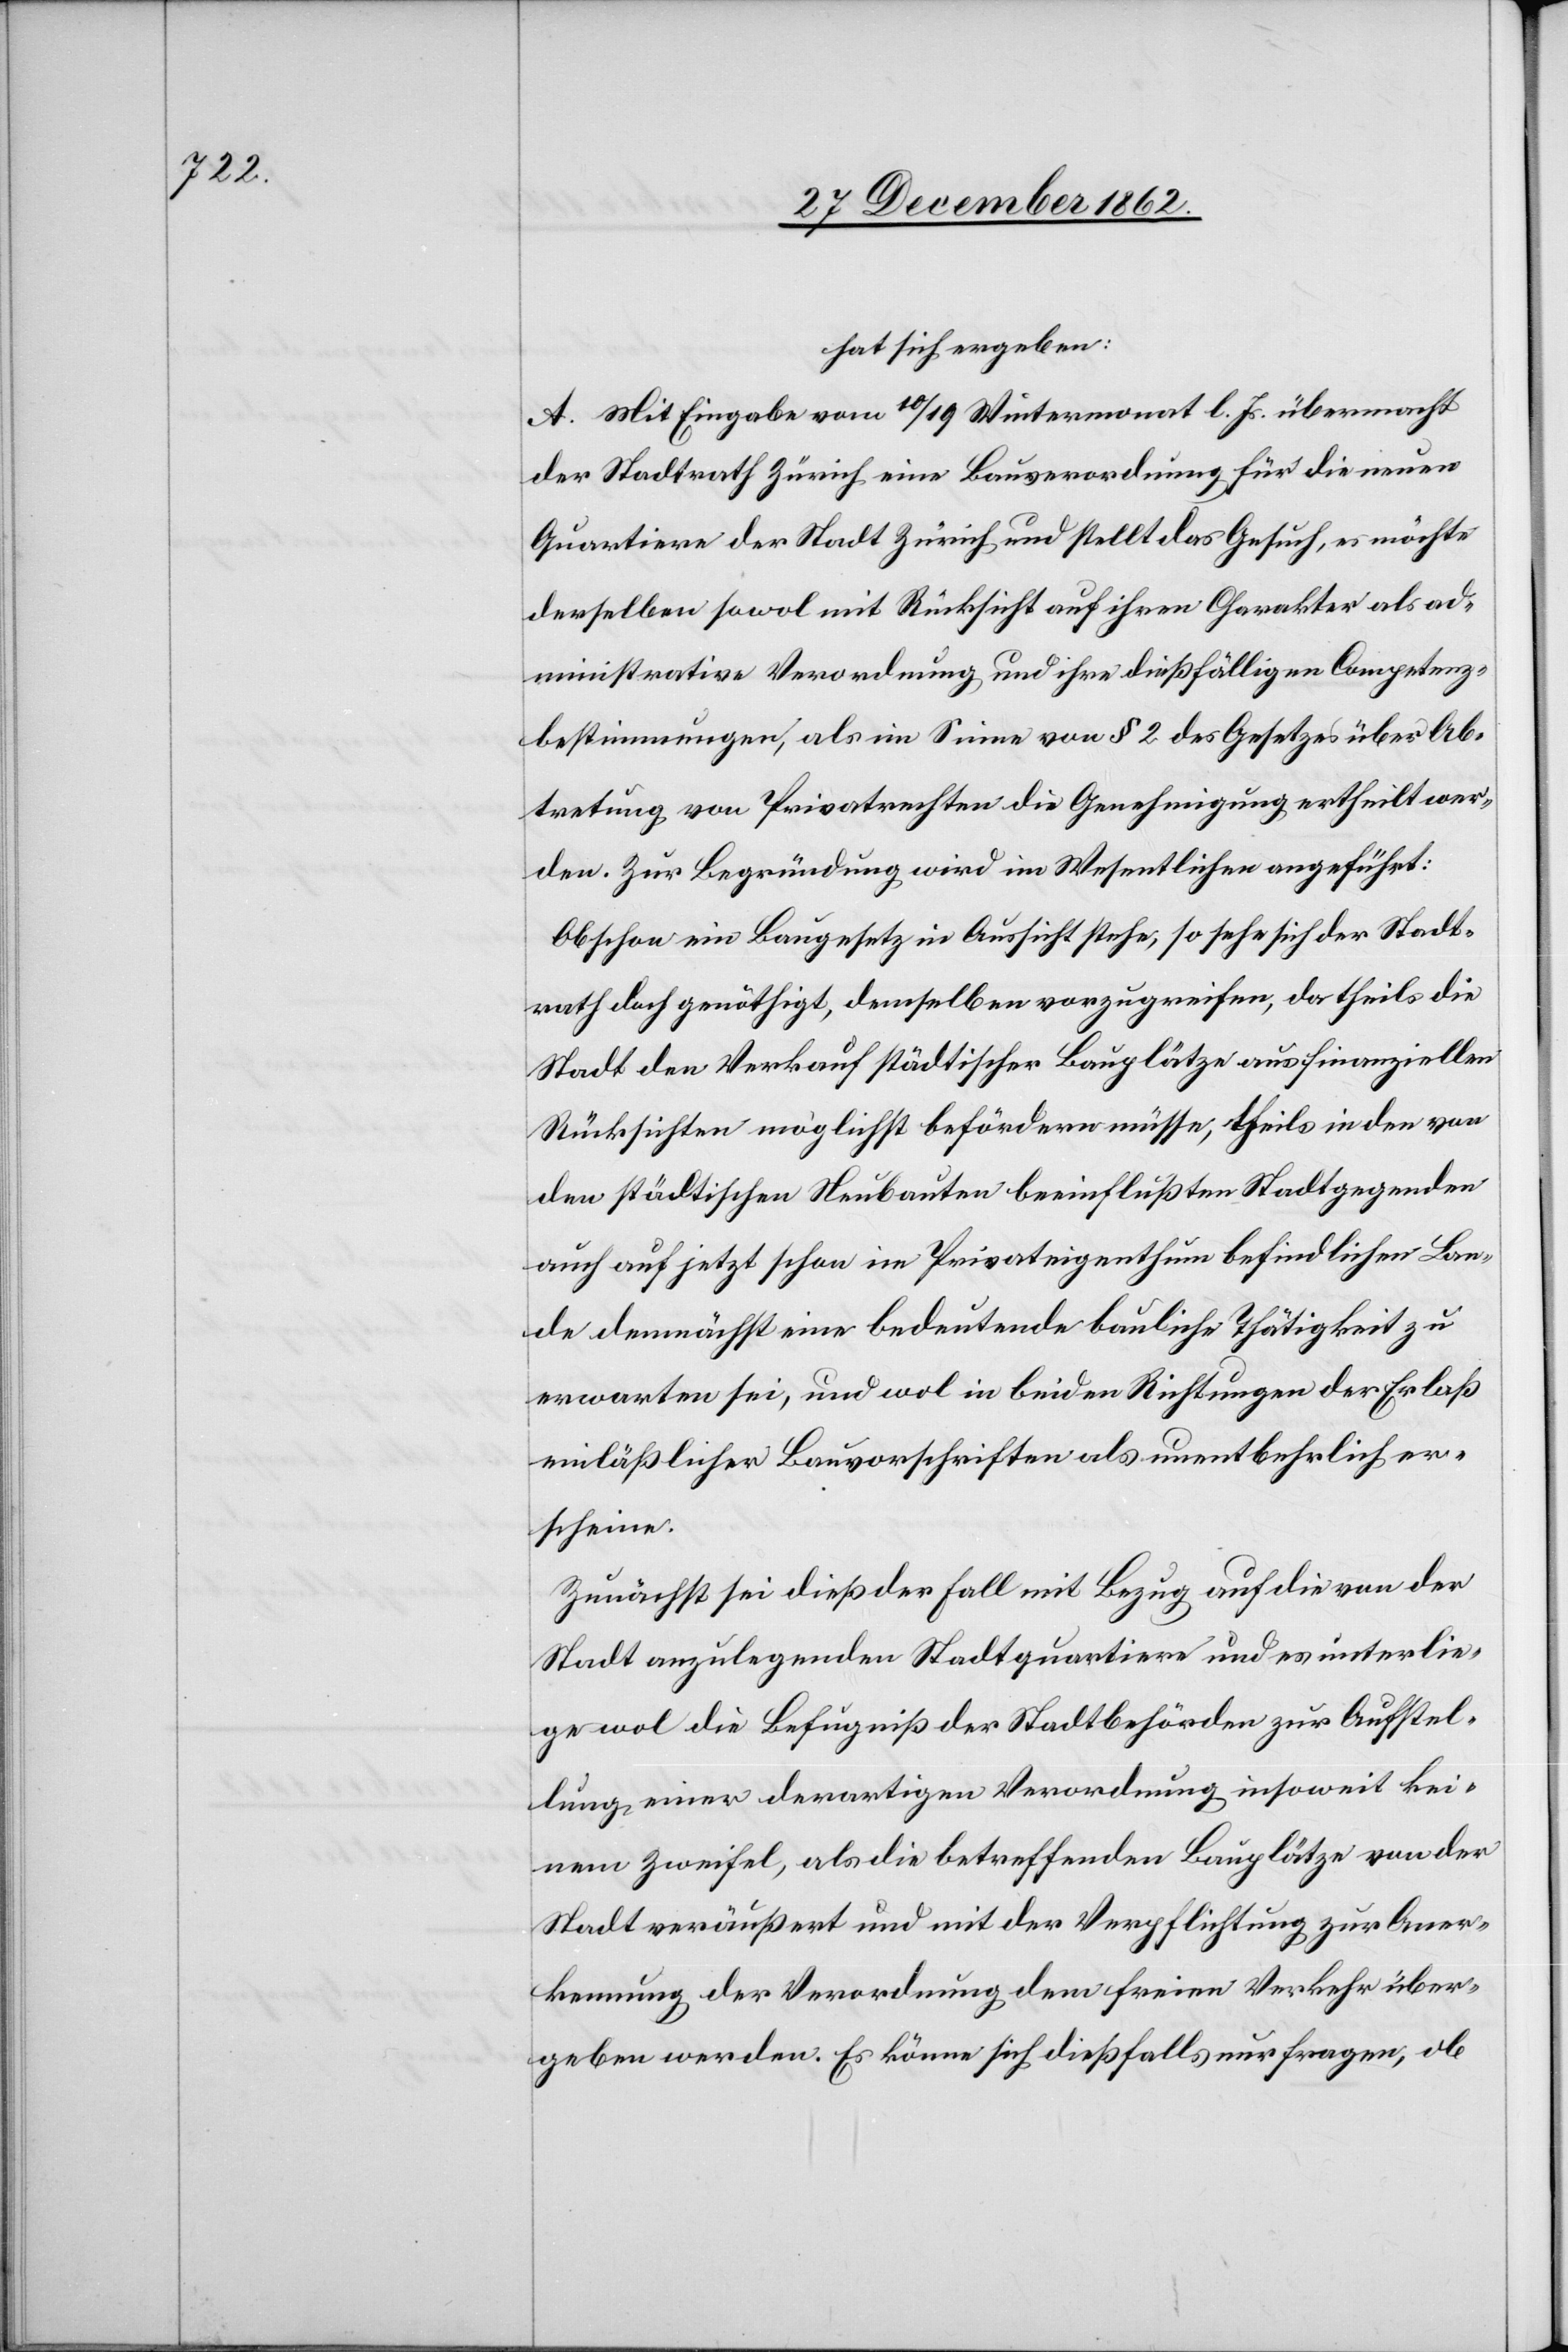
hat sich ergeben:
A. Mit Eingabe vom 10/19 Wintermonat l. Js. übermacht
der Stadtrath Zürich eine Bauverordnung für die neuen
Quartiere der Stadt Zürich und stellt das Gesuch, es möchte
derselben sowol mit Rücksicht auf ihren Charakter als ad¬
ministrative Verordnung und ihre dießfälligen Competenz¬
bestimmungen, als im Sinne von § 2 des Gesetzes über Ab¬
tretung von Privatrechten die Genehmigung ertheilt wer¬
den. Zur Begründung wird im Wesentlichen angeführt:
Obschon ein Baugesetz in Aussicht stehe, so sehe sich der Stadt¬
rath doch genöthigt, demselben vorzugreifen, da theils die
Stadt den Verkauf städtischer Bauplätze aus finanziellen
Rücksichten möglichst befördern müsse, theils in den von
den städtischen Neubauten beeinflußten Stadtgegenden
auch auf jetzt schon im Privateigenthum befindlichen Lan¬
de demnächst eine bedeutende bauliche Thätigkeit zu
erwarten sei, und wol in beiden Richtungen der Erlaß
einläßlicher Bauvorschriften als unentbehrlich er¬
scheine.
Zunächst sei dieß der Fall mit Bezug auf die von der
Stadt anzulegenden Stadtquartiere und es unterlie¬
ge wol die Befugniß der Stadtbehörden zur Aufstel¬
lung einer derartigen Verordnung insoweit kei¬
nem Zweifel, als die betreffenden Bauplätze von der
Stadt veräußert und mit der Verpflichtung zur Aner¬
kennung der Verordnung dem freien Verkehr über¬
geben werden. Es könne sich dießfalls nur fragen, ob